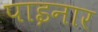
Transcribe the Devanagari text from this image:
पाइनार